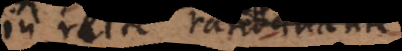
in recte ratiocinante.